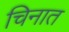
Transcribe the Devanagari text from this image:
चिनात